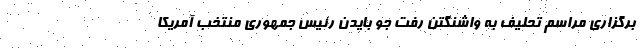
برگزاری مراسم تحلیف به واشنگتن رفت جو بایدن رئیس جمهوری منتخب آمریکا